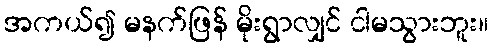
အကယ်၍ မနက်ဖြန် မိုးရွာလျှင် ငါမသွားဘူး။